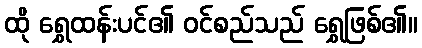
ထို ရွှေထန်းပင်၏ ဝင်စည်သည် ရွှေဖြစ်၏။